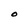
Character: O